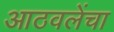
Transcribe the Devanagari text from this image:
आठवलेंचा